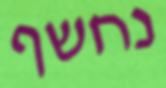
נחשף